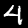
Digit: 4